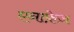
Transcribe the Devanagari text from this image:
एनाफे़ज़